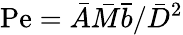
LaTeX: \mathrm{Pe}=\bar{A}\bar{M}\bar{b}/\bar{D}^{2}